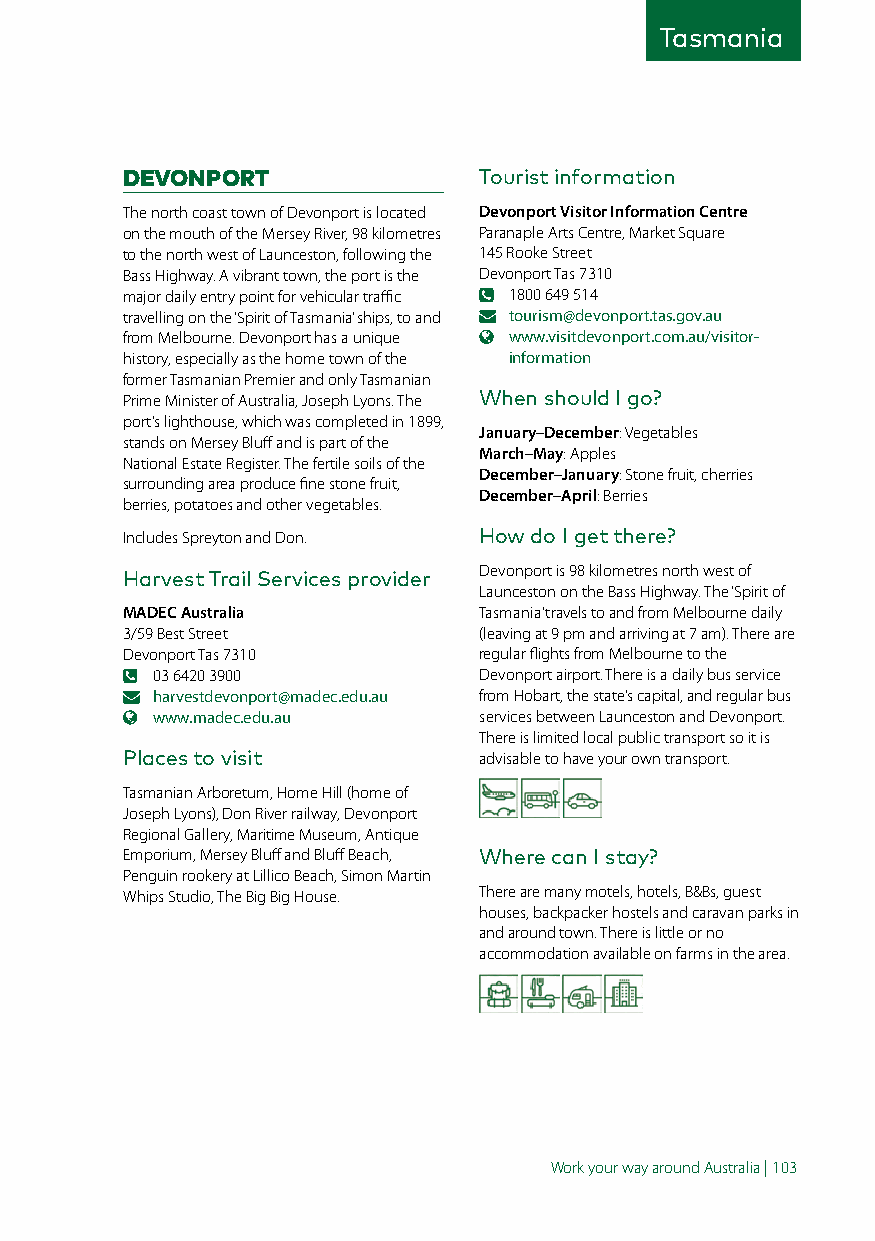
Tasmania
 DEVONPORT               Tourist information
 The north coast town of Devonport is located Devonport Visitor Information Centre
 on the mouth of the Mersey River, 98 kilometres Paranaple Arts Centre, Market Square
 to the north west of Launceston, following the 145 Rooke Street
 Bass Highway. A vibrant town, the port is the Devonport Tas 7310
 major daily entry point for vehicular traffic 1800 649 514
 travelling on the ‘Spirit of Tasmania’ ships, to and tourism@devonport.tas.gov.au
 from Melbourne. Devonport has a unique www.visitdevonport.com.au/visitor-
 history, especially as the home town of the information
 former Tasmanian Premier and only Tasmanian
 Prime Minister of Australia, Joseph Lyons. The When should I go?
 port’s lighthouse, which was completed in 1899,
 January–December: Vegetables
 stands on Mersey Bluff and is part of the
 March–May: Apples
 National Estate Register. The fertile soils of the
 December–January: Stone fruit, cherries
 surrounding area produce fine stone fruit,
 December–April: Berries
 berries, potatoes and other vegetables.
 Includes Spreyton and Don. How do I get there?
 Harvest Trail Services provider Devonport is 98 kilometres north west of
 Launceston on the Bass Highway. The ‘Spirit of
 MADEC Australia         Tasmania’ travels to and from Melbourne daily
 3/59 Best Street        (leaving at 9 pm and arriving at 7 am). There are
 Devonport Tas 7310      regular flights from Melbourne to the
 03 6420 3900          Devonport airport. There is a daily bus service
 harvestdevonport@madec.edu.au from Hobart, the state’s capital, and regular bus
 www.madec.edu.au      services between Launceston and Devonport.
 There is limited local public transport so it is
 Places to visit         advisable to have your own transport.
 Tasmanian Arboretum, Home Hill (home of
 Joseph Lyons), Don River railway, Devonport
 Regional Gallery, Maritime Museum, Antique
 Emporium, Mersey Bluff and Bluff Beach, Where can I stay?
 Penguin rookery at Lillico Beach, Simon Martin
 Whips Studio, The Big Big House. There are many motels, hotels, B&Bs, guest
 houses, backpacker hostels and caravan parks in
 and around town. There is little or no
 accommodation available on farms in the area.
 Work your way around Australia | 103